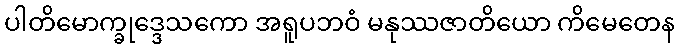
ပါတိမောက္ခုဒ္ဒေသကော အရူပဘဝံ မနုဿဇာတိယော ကိမေတေန